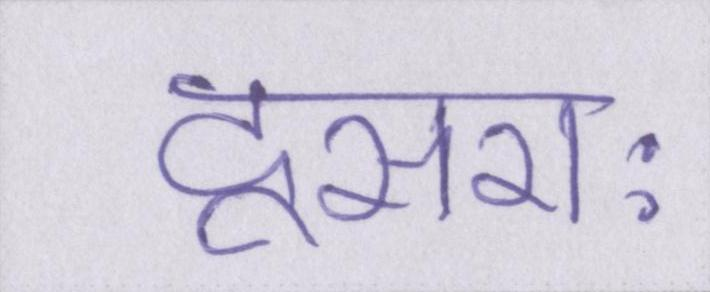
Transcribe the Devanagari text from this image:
दूसराः